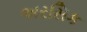
અરસિક